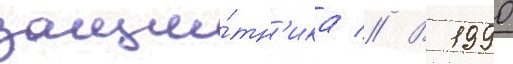
защи́тн'ика // В 1990